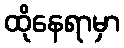
ထိုနေရာမှာ